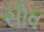
સોવ